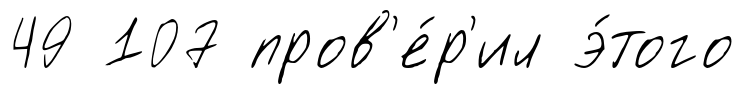
49 107 пров'е́р'ил э́того